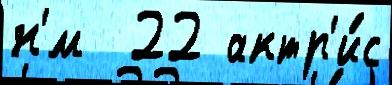
н'́м  22 актр'и́с